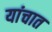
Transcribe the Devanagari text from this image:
यांचात